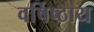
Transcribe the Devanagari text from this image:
वर्षिष्ठाय